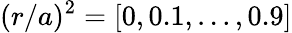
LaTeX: (r/a)^{2}=[0,0.1,...,0.9]